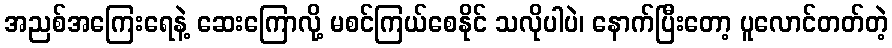
အညစ်အကြေးရေနဲ့ ဆေးကြောလို့ မစင်ကြယ်စေနိုင် သလိုပါပဲ၊ နောက်ပြီးတော့ ပူလောင်တတ်တဲ့